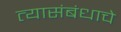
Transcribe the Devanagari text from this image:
त्यासंबंधाचे